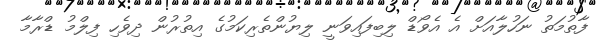
ފާތުމަތު ނަހުލާއަށް އެ އެވޯޑް ލިބިފައިވަނީ ލިޔުންތެރިކަމުގެ އިތުރުން ދިވެހި ފިލްމު ޑްރާމާ